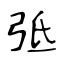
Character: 弤